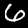
Digit: 6